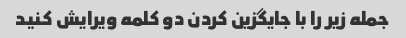
جمله زیر را با جایگزین کردن دو کلمه ویرایش کنید